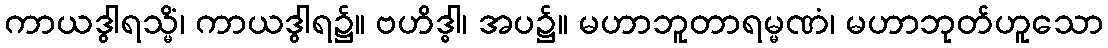
ကာယဒွါရသ္မိံ၊ ကာယဒွါရ၌။ ဗဟိဒ္ဓါ၊ အပ၌။ မဟာဘူတာရမ္မဏံ၊ မဟာဘုတ်ဟူသော